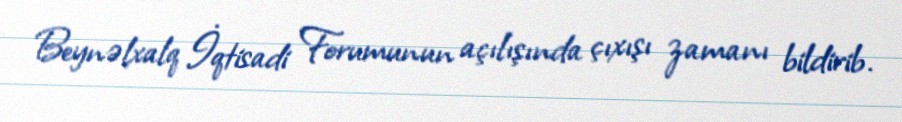
Beynəlxalq İqtisadi Forumunun açılışında çıxışı zamanı bildirib.